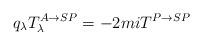
LaTeX: \begin{align*}q_\lambda T^{A\rightarrow SP}_\lambda =-2miT^{P\rightarrow SP}\end{align*}